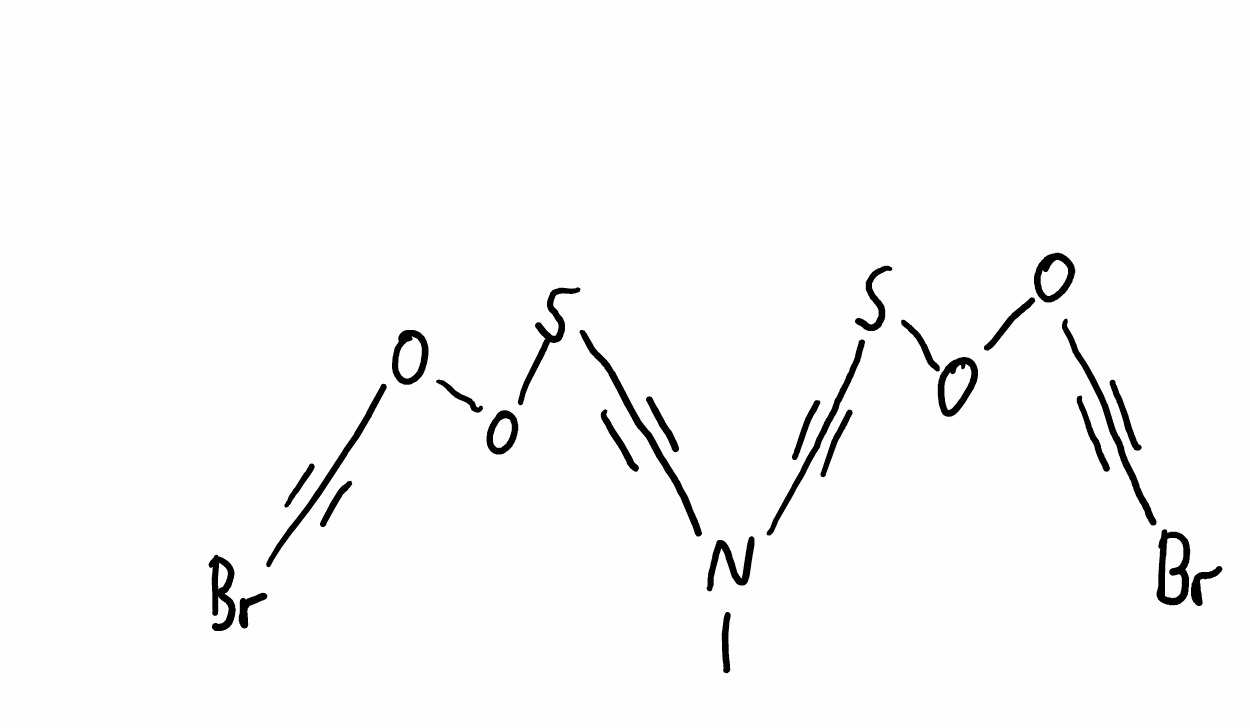
Simplified molecular-input line-entry system (SMILES) notation of the given molecule:
CN(C#CSOOC#CBr)C#CSOOC#CBr